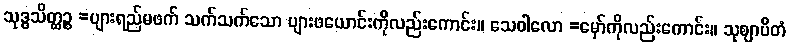
သုဒ္ဓသိတ္ထဉ္စ =ပျားရည်မဖက် သက်သက်သော ပျားဖယောင်းကိုလည်းကောင်း။ သေဝါလော =မှော်ကိုလည်းကောင်း။ သုဈာပိတံ